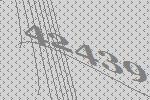
42439